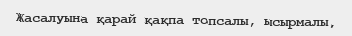
Жасалуына қарай қақпа топсалы, ысырмалы,